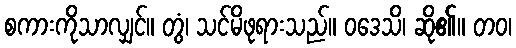
စကားကိုသာလျှင်။ တွံ၊ သင်မိဖုရားသည်။ ဝဒေသိ၊ ဆို၏။ တဝ၊